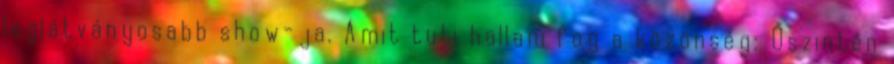
leglátványosabb show-ja. Amit tuti hallani fog a közönség: Őszintén